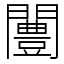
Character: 闦